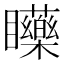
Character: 𥍐